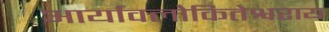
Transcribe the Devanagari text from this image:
आर्यावलोकितेश्वराय